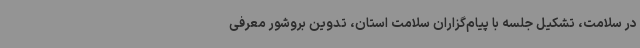
در سلامت، تشکیل جلسه با پیام‌گزاران سلامت استان، تدوین بروشور معرفی